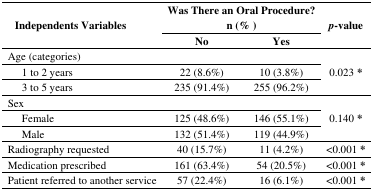
| <ROWSPAN=2> Independents Variables | <COLSPAN=2> Was There an Oral Procedure? n (% ) | <ROWSPAN=2> p-value |
 | No | Yes |
 | --- | --- | --- | --- |
 | Age (categories) |  |  | <ROWSPAN=3> 0.023 * |
 | 1 to 2 years | 22 (8.6%) | 10 (3.8%) |
 | 3 to 5 years | 235 (91.4%) | 255 (96.2%) |
 | Sex |  |  | <ROWSPAN=3> 0.140 * |
 | Female | 125 (48.6%) | 146 (55.1%) |
 | Male | 132 (51.4%) | 119 (44.9%) |
 | Radiography requested | 40 (15.7%) | 11 (4.2%) | <0.001 * |
 | Medication prescribed | 161 (63.4%) | 54 (20.5%) | <0.001 * |
 | Patient referred to another service | 57 (22.4%) | 16 (6.1%) | <0.001 * |